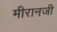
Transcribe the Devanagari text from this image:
मीरानजी